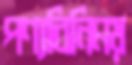
পণ্যবিনিময়